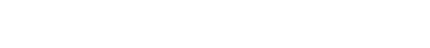
ညစာစားပြီး လက်ဖက်ရည်သောက်ဖို့ တကယ်လိုလို့လားဗျာ